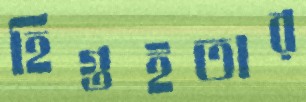
হিগুইতার